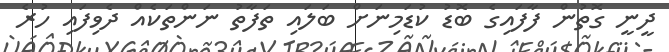
ދީނީ ގޮތުން ފާފައިގެ ބޮޑު ކުޑަމިނަށް ބަލައި ތަފާތު ނަންތަކެއް ދެވިފައި ހުރެ